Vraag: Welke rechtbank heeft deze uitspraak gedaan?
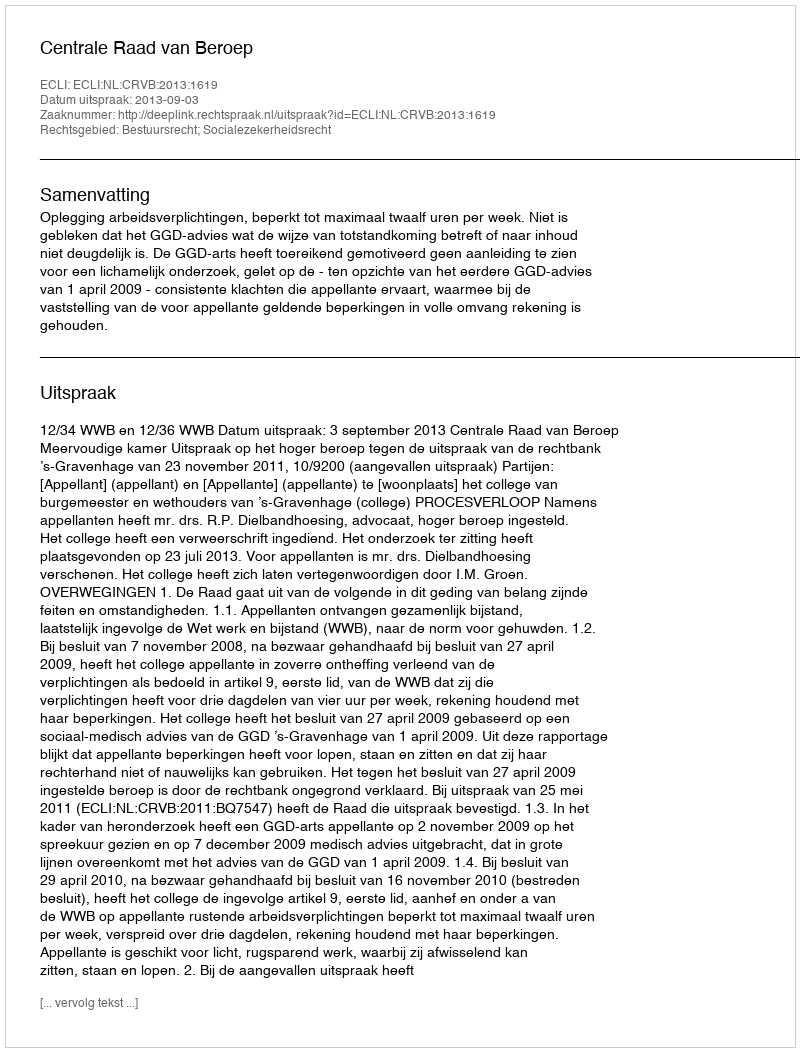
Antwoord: Centrale Raad van Beroep